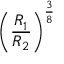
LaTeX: \left( { \frac { R _ { 1 } } { R _ { 2 } } } \right) ^ { \frac { 3 } { 8 } }